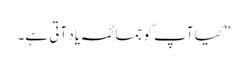
”کیا آپ کو جمائمہ یاد آتی ہے۔